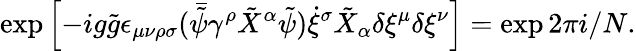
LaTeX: \exp\left[-ig\tilde{g}\epsilon_{\mu\nu\rho\sigma}(\bar{\tilde{\psi}}\gamma^{\rho}\tilde{X}^{\alpha}\tilde{\psi})\dot{\xi}^{\sigma}\tilde{X}_{\alpha}\delta\xi^{\mu}\delta\xi^{\nu}\right]=\exp 2\pi i/N.